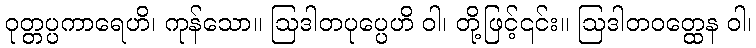
ဝုတ္တပ္ပကာရေဟိ၊ ကုန်သော။ ဩဒါတပုပ္ပေဟိ ဝါ၊ တို့ဖြင့်၎င်း။ ဩဒါတဝတ္ထေန ဝါ၊